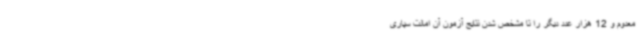
معدوم و 12 هزار عدد دیگر را تا مشخص شدن نتایج آزمون آن امانت سپاری